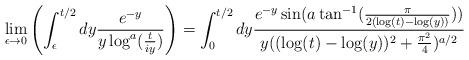
LaTeX: \begin{align*}\lim_{\epsilon \rightarrow 0} \left(\int_{\epsilon}^{t/2} dy \frac{e^{-y}}{y\log^{a}(\frac{t}{i y})}\right) = \int_{0}^{t/2} dy \frac{e^{-y}\sin(a\tan^{-1}(\frac{\pi}{2(\log(t)-\log(y))}))}{y((\log(t)-\log(y))^{2}+\frac{\pi^{2}}{4})^{a/2}}\end{align*}